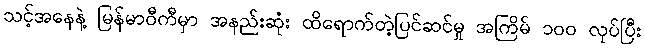
သင့်အနေနဲ့ မြန်မာဝီကီမှာ အနည်းဆုံး ထိရောက်တဲ့ပြင်ဆင်မှု အကြိမ် ၁၀၀ လုပ်ပြီး